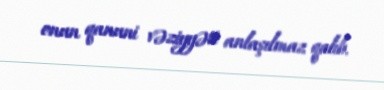
onun qanuni vəziyyəti anlaşılmaz qalıb.